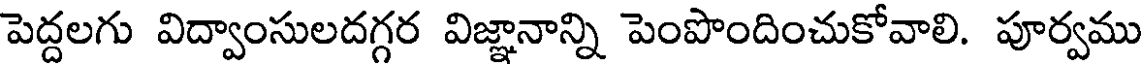
పెద్దలగు విద్వాంసులదగ్గర విజ్ఞానాన్ని పెంపొందించుకోవాలి. పూర్వము